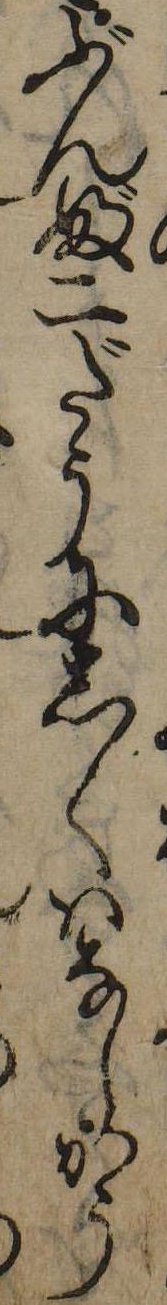
ぶんぶ二だうにしくはなしかう